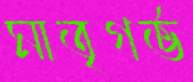
মাতৃগর্ভ